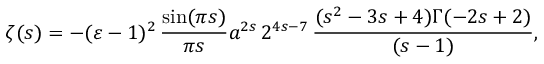
\zeta ( s ) = - ( \varepsilon - 1 ) ^ { 2 } \, \frac { \sin ( \pi s ) } { \pi s } a ^ { 2 s } \, 2 ^ { 4 s - 7 } \, \frac { ( s ^ { 2 } - 3 s + 4 ) \Gamma ( - 2 s + 2 ) } { ( s - 1 ) } ,